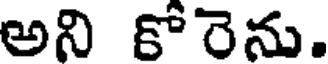
అని కోరెను.